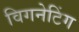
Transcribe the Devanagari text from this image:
विगनेटिंग